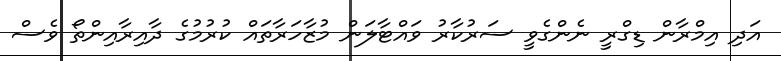
އަދި އިމްރާން ޑިގްރީ ނެންގެވީ ސަރުކާރު ވައްޓާލަން މުޒާހަރާތައް ކުރުމުގެ ދާއިރާއިންތޯ ވެސް